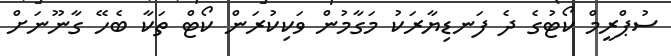
ސުޕްރީމް ކޯޓުގެ ދެ ފަނޑިޔާރަކު މަގާމުން ވަކިކުރަން ކޯޓް ތަކާ ބެހޭ ގާނޫނަށް